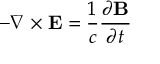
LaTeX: - \nabla \times \mathbf { E } = { \frac { 1 } { c } } { \frac { \partial \mathbf { B } } { \partial t } }